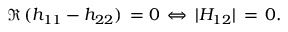
\Re \, ( h _ { 1 1 } - h _ { 2 2 } ) \, = 0 \, \Leftrightarrow \, | H _ { 1 2 } | \, = \, 0 .